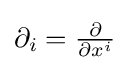
\partial _{i}={\tfrac {\partial }{\partial x^{i}}}